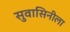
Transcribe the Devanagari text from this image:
सुवासिनीला